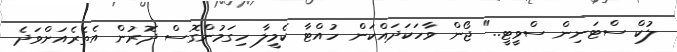
ލުކް ސްޓަނިން ސްވީޓީ.." ޖޯން ވާހަކަދައްކަން ހުއްޓާ ކެމީލާ ހިގަމުންގޮސް ދޮރުން އެތެރެއަށްވަދެ